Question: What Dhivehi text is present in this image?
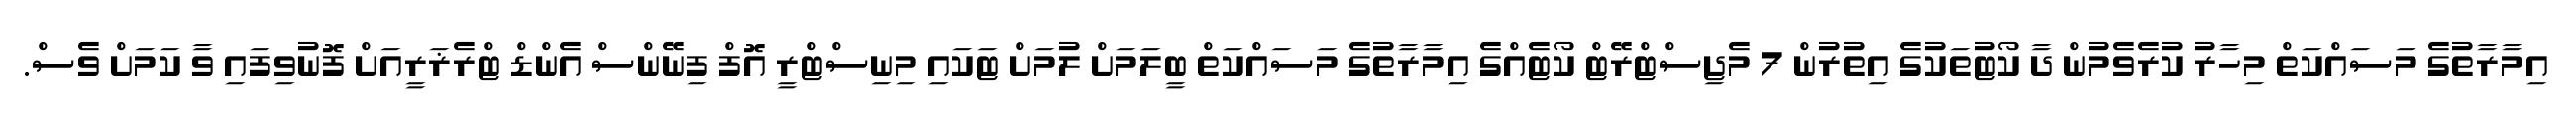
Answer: އިމާރާތުގެ މަސައްކަތް މިހާރު ކުރެވެމުން ދާ ކޯޓުތަކުގެ އިތުރުން 7 މެޖިސްޓްރޭޓް ކޯޓެއްގެ އިމާރާތުގެ މަސައްކަތް ބީލަމަށް ލުމަށް ޓަކައި މިނިސްޓްރީ އޮފް ފިނޭންސް އެންޑް ޓްރެޜަރީއަށް ފޮނުވިފައި ވާ ކަމަށް ވެސް.